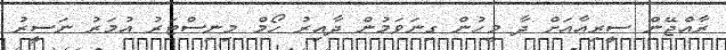
ރާއްޖޭން ސީރިއާއަށް ދާ މީހުން ގިނަވަމުން ދާއިރު ހޯމް މިނިސްޓަރު އުމަރު ނަސީރު